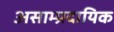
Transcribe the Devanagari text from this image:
असाम्प्रदायिक